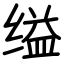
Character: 缢